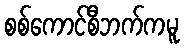
စစ်ကောင်စီဘက်ကမူ